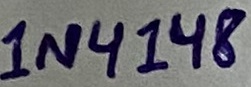
Text: 1N4148